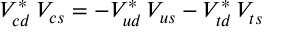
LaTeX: V _ { c d } ^ { * } \, V _ { c s } ^ { } = - V _ { u d } ^ { * } \, V _ { u s } ^ { } - V _ { t d } ^ { * } \, V _ { t s } ^ { }